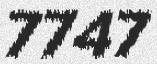
7747